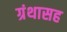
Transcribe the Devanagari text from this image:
ग्रंथासह